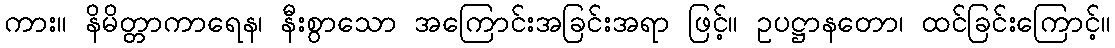
ကား။ နိမိတ္တာကာရေန၊ နီးစွာသော အကြောင်းအခြင်းအရာ ဖြင့်။ ဥပဋ္ဌာနတော၊ ထင်ခြင်းကြောင့်။